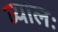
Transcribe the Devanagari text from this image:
व्यालः